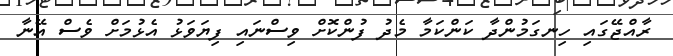
ރާއްޖޭގައި ހިނގަމުންދާ ކަންކަމާ މެދު ފުންކޮށް ވިސްނައި ފިޔަވަޅު އެޅުމަށް ވެސް އޭނާ